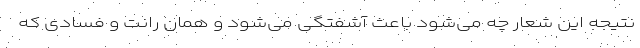
نتیجه این شعار چه می‌شود باعث آشفتگی می‌شود و همان رانت و فسادی که